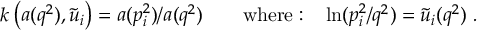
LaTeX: { \cal K } _ { \mu } = { \cal F } K _ { \mu }